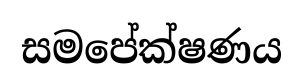
සමපේක්ෂණය